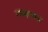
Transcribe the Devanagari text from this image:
रम्मनगर